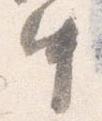
中